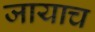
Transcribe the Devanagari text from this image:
जायाच